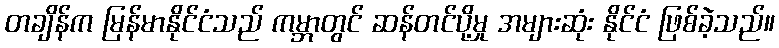
တချိန်က မြန်မာနိုင်ငံသည် ကမ္ဘာတွင် ဆန်တင်ပို့မှု အများဆုံး နိုင်ငံ ဖြစ်ခဲ့သည်။